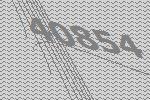
40854